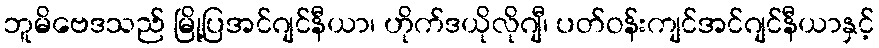
ဘူမိဗေဒသည် မြို့ပြအင်ဂျင်နီယာ၊ ဟိုက်ဒယိုလိုဂျီ၊ ပတ်ဝန်းကျင်အင်ဂျင်နီယာနှင့်